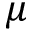
\mu